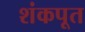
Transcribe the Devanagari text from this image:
शंकपूत